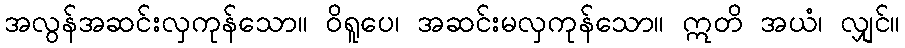
အလွန်အဆင်းလှကုန်သော။ ဝိရူပေ၊ အဆင်းမလှကုန်သော။ ဣတိ အယံ၊ လျှင်။